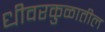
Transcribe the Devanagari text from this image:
धीवरकुळातील